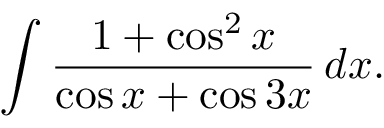
\int { \frac { 1 + \cos ^ { 2 } x } { \cos x + \cos 3 x } } \, d x .